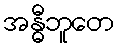
အန္ဓီဘူတေ